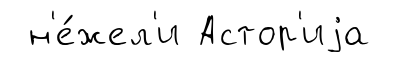
н'е́жел'и Астор'иjа